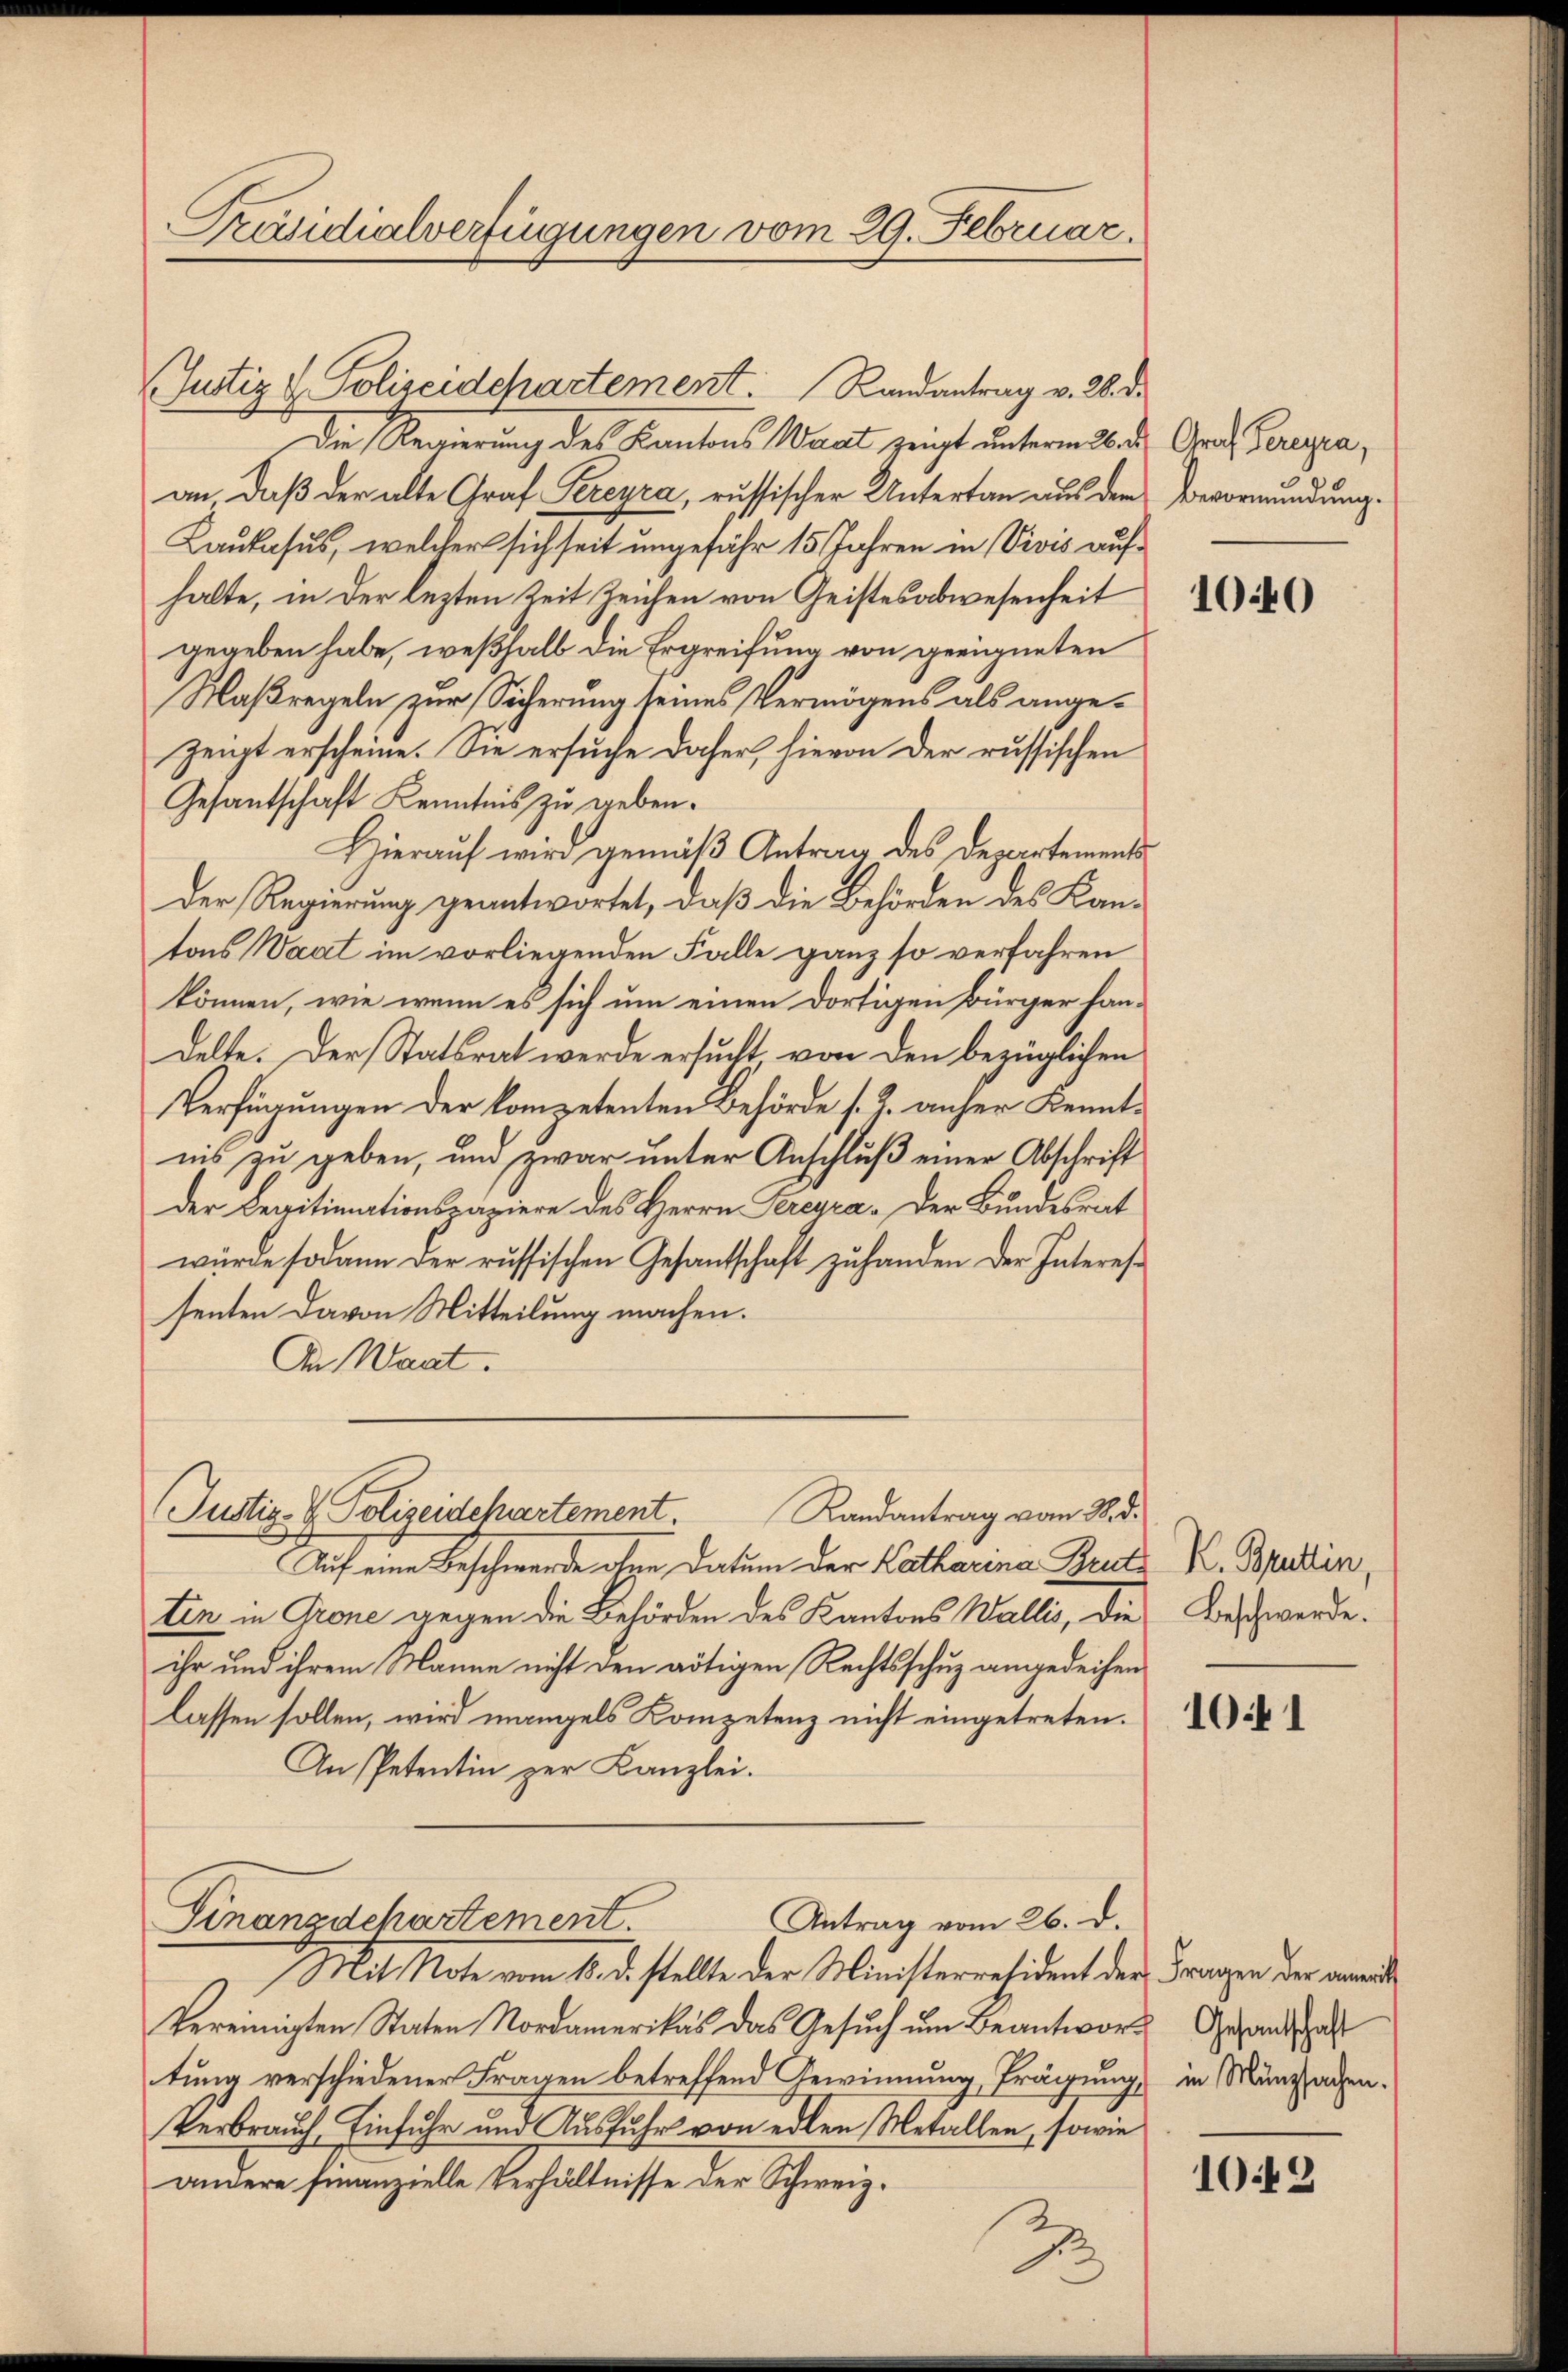
Die Regierung des Kantons Wart zeigt unterm 26. d. Grad, Paragraan daß der alte Graf Pereyra, russischer Untertan aus der Bevormundung.
Laukasus, welcher sich seit ungefähr 15 Jahren in Vivis aufhalte, in der lezten Zeit Zeichen von Geistesabwesenheit
gegeben habe, weßhalb die Ergreifung von geeigneten
Maßregeln zur Sicherung seines Vermögens als angezeigt erscheine. Sie ersuche daher, hievon der russischen
Gesantschaft Kenntnis zu geben.
Hieraŭf wird gemäβ Antrag des Departements
Der Regierung geantwortet, daß die Behörden des Kantons Waat im vorliegenden Falle ganz so verfahren
können, wie wenn es sich um einen dortigen Bürger handelte. Der Statsrat werde ersucht von den bezüglichen
Verfügungen der kompetenten Behörde s. Z. anher Kenntnis zu geben, und zwar unter Anschluß einer Abschrift
der Legitimationspapiere des Herrn Sereyra. Der Bundesrat
wurde sodann der russischen Gesantschaft zu handen der Interessenten davon Mitteilung machen.
In Waat.

Präsidialverfügungen vom 29. Februar.

(Justiz & Polizeidchartement. Randantrag v. 2. d.

Justiz- & Polizeidehartement.
Randantrag vom 18. d.

Auf eine Beschwerde ohne Datum der Katharina Bentten in Grone gegen die Behörden des Kantons Wallis, die Beschwerde.
ihr und ihrem Manne nicht den nötigen Rechtsschuz angedeihen
lassen sollen, wird mangels Kompetenz nicht eingetreten.
An Petentin zur Kanzlei.
Antrag vom 26. d.
Finanzdchartement
Mit Note vom 10. d. stellte der Ministerresident der Fragen der anweil
Vereinigten Staten Nordamerikas das Gesuch um Beantwort Gesandschaft
tung verschiedener Fragen betreffend Gewinnung, Prägung, in Münschaden.
Verbrauch Einfuhr und Ausfuhr von edlen Metallen, sowie
andere finanzielle Verhältnisse der Schweiz.
2

2

1040

K. Bruttin,

1041

1049